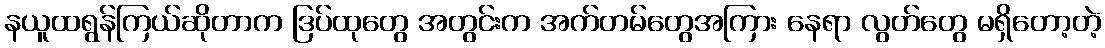
နယူထရွန်ကြယ်ဆိုတာက ဒြပ်ထုတွေ အတွင်းက အက်တမ်တွေအကြား နေရာ လွတ်တွေ မရှိတော့တဲ့